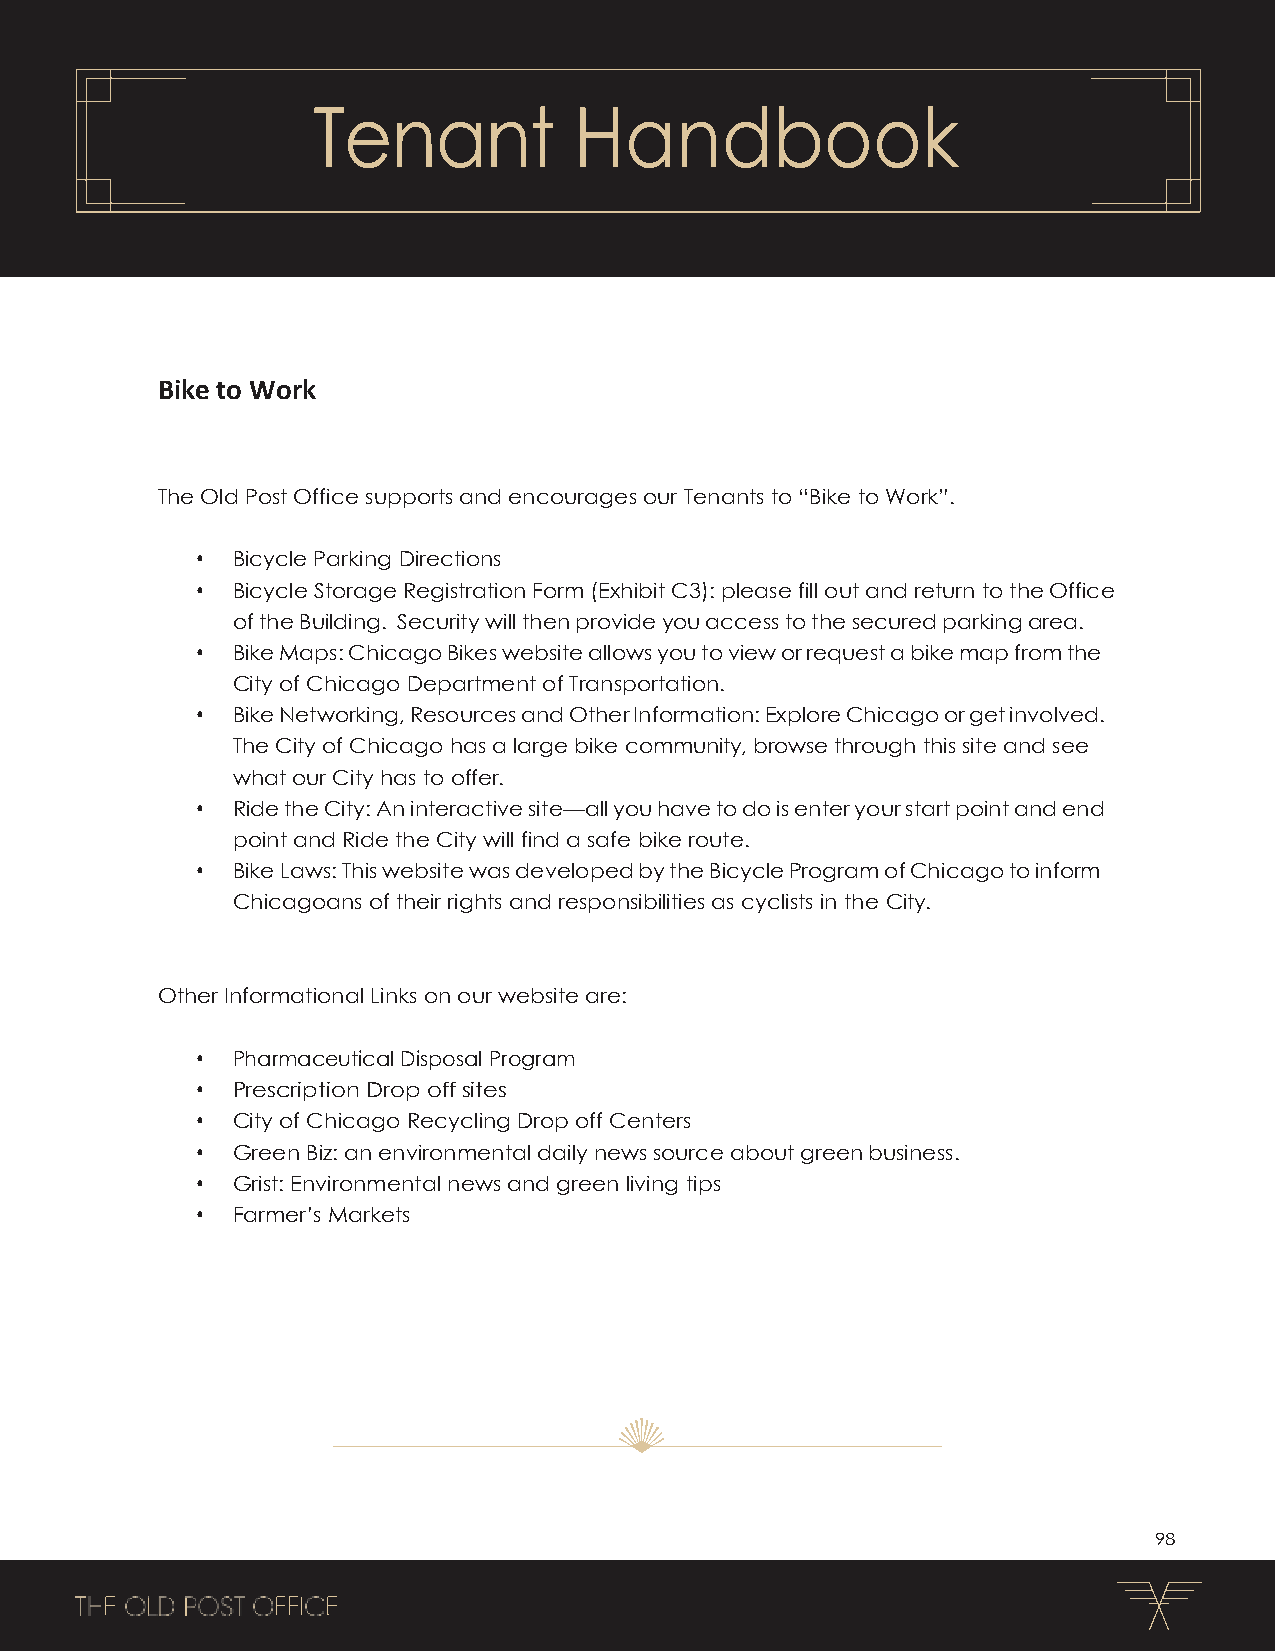
Tenant           Handbook
 Bike to Work
 The Old Post Office supports and encourages our Tenants to “Bike to Work”.
 • Bicycle Parking Directions
 • Bicycle Storage Registration Form (Exhibit C3): please fill out and return to the Office
 of the Building. Security will then provide you access to the secured parking area.
 • Bike Maps: Chicago Bikes website allows you to view or request a bike map from the
 City of Chicago Department of Transportation.
 • Bike Networking, Resources and Other Information: Explore Chicago or get involved.
 The City of Chicago has a large bike community, browse through this site and see
 what our City has to offer.
 • Ride the City: An interactive site—all you have to do is enter your start point and end
 point and Ride the City will find a safe bike route.
 • Bike Laws: This website was developed by the Bicycle Program of Chicago to inform
 Chicagoans of their rights and responsibilities as cyclists in the City.
 Other Informational Links on our website are:
 • Pharmaceutical Disposal Program
 • Prescription Drop off sites
 • City of Chicago Recycling Drop off Centers
 • Green Biz: an environmental daily news source about green business.
 • Grist: Environmental news and green living tips
 • Farmer’s Markets
 98